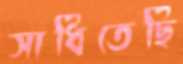
সাধিতেছি